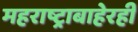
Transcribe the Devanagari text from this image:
महराष्ट्राबाहेरही